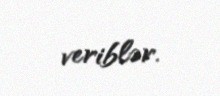
veriblər.